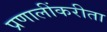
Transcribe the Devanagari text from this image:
प्रणालींकरीता